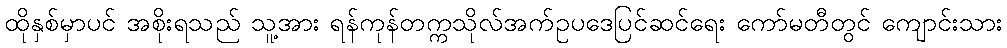
ထိုနှစ်မှာပင် အစိုးရသည် သူ့အား ရန်ကုန်တက္ကသိုလ်အက်ဥပဒေပြင်ဆင်ရေး ကော်မတီတွင် ကျောင်းသား